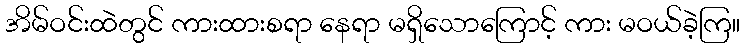
အိမ်ဝင်းထဲတွင် ကားထားစရာ နေရာ မရှိသောကြောင့် ကား မဝယ်ခဲ့ကြ။